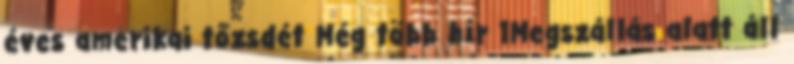
éves amerikai tőzsdét Még több hír 1Megszállás alatt áll